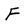
Character: F